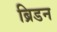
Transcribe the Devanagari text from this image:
ब्रिडन